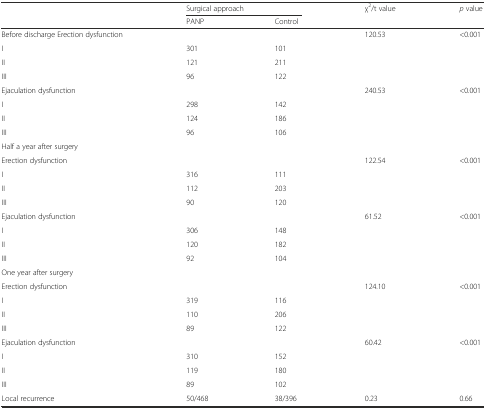
<table><thead><tr><td rowspan="2"></td><td colspan="2"><b>Surgical approach</b></td><td rowspan="2"><b>χ<sup>2</sup>/t value</b></td><td rowspan="2"><b><i>p</i> value</b></td></tr><tr><td><b>PANP</b></td><td><b>Control</b></td></tr></thead><tbody><tr><td>Before discharge Erection dysfunction</td><td></td><td></td><td>120.53</td><td>&lt;0.001</td></tr><tr><td>I</td><td>301</td><td>101</td><td></td><td></td></tr><tr><td>II</td><td>121</td><td>211</td><td></td><td></td></tr><tr><td>III</td><td>96</td><td>122</td><td></td><td></td></tr><tr><td>Ejaculation dysfunction</td><td></td><td></td><td>240.53</td><td>&lt;0.001</td></tr><tr><td>I</td><td>298</td><td>142</td><td></td><td></td></tr><tr><td>II</td><td>124</td><td>186</td><td></td><td></td></tr><tr><td>III</td><td>96</td><td>106</td><td></td><td></td></tr><tr><td>Half a year after surgery</td><td></td><td></td><td></td><td></td></tr><tr><td>Erection dysfunction</td><td></td><td></td><td>122.54</td><td>&lt;0.001</td></tr><tr><td>I</td><td>316</td><td>111</td><td></td><td></td></tr><tr><td>II</td><td>112</td><td>203</td><td></td><td></td></tr><tr><td>III</td><td>90</td><td>120</td><td></td><td></td></tr><tr><td>Ejaculation dysfunction</td><td></td><td></td><td>61.52</td><td>&lt;0.001</td></tr><tr><td>I</td><td>306</td><td>148</td><td></td><td></td></tr><tr><td>II</td><td>120</td><td>182</td><td></td><td></td></tr><tr><td>III</td><td>92</td><td>104</td><td></td><td></td></tr><tr><td>One year after surgery</td><td></td><td></td><td></td><td></td></tr><tr><td>Erection dysfunction</td><td></td><td></td><td>124.10</td><td>&lt;0.001</td></tr><tr><td>I</td><td>319</td><td>116</td><td></td><td></td></tr><tr><td>II</td><td>110</td><td>206</td><td></td><td></td></tr><tr><td>III</td><td>89</td><td>122</td><td></td><td></td></tr><tr><td>Ejaculation dysfunction</td><td></td><td></td><td>60.42</td><td>&lt;0.001</td></tr><tr><td>I</td><td>310</td><td>152</td><td></td><td></td></tr><tr><td>II</td><td>119</td><td>180</td><td></td><td></td></tr><tr><td>III</td><td>89</td><td>102</td><td></td><td></td></tr><tr><td>Local recurrence</td><td>50/468</td><td>38/396</td><td>0.23</td><td>0.66</td></tr></tbody></table>